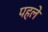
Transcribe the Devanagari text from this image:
पहले